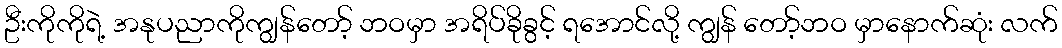
ဦးကိုကိုရဲ့ အနုပညာကိုကျွန်တော့် ဘဝမှာ အရိပ်ခိုခွင့် ရအောင်လို့ ကျွန် တော့်ဘဝ မှာနောက်ဆုံး လက်